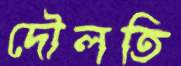
দৌলতি